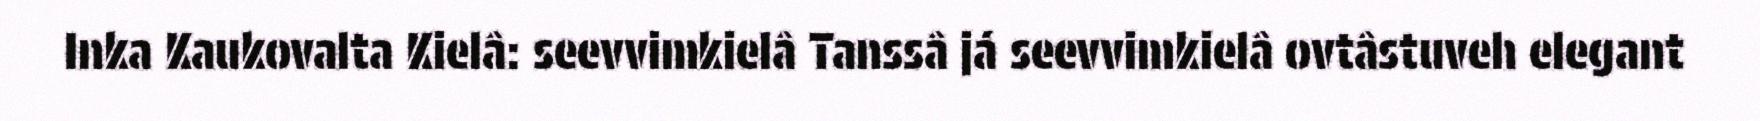
Inka Kaukovalta Kielâ: seevvimkielâ Tanssâ já seevvimkielâ ovtâstuveh elegant